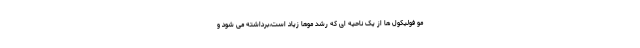
مو فولیکول ها از یک ناحیه ای که رشد موها زیاد است،برداشته می شود و